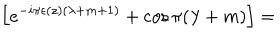
\left[ e ^ { - i \pi \epsilon ( z ) ( \lambda + m + 1 ) } + \cos \pi ( \lambda + m ) \right] =